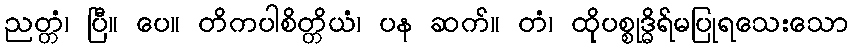
ညတ္တံ၊ ပြီ။ ပေ။ တိကပါစိတ္တိယံ၊ ပန ဆက်။ တံ၊ ထိုပစ္စုဒ္ဓိရ်မပြုရသေးသော